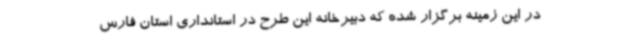
در این زمینه برگزار شده که دبیرخانه این طرح در استانداری استان فارس